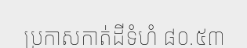
ប្រកាសកាត់ដីទំហំ ៨០.៥៣